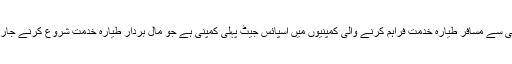
باقاعدگی سے مسافر طیارہ خدمت فراہم کرنے والی کمپنیوں میں اسپائس جیٹ پہلی کمپنی ہے جو مال بردار طیارہ خدمت شروع کرنے جارہی ہے۔